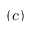
\left( c \right)